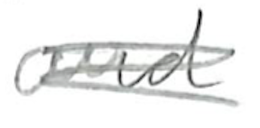
Text: and
Cross-out: scratch
Writing tool: pencil